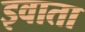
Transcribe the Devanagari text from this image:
इवाता